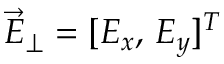
\vec { E } _ { \perp } = [ E _ { x } , \, E _ { y } ] ^ { T }